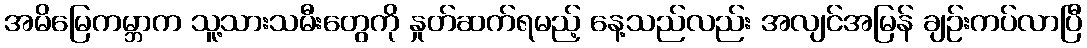
အမိမြေကမ္ဘာက သူ့သားသမီးတွေကို နှုတ်ဆက်ရမည့် နေ့သည်လည်း အလျင်အမြန် ချဉ်းကပ်လာပြီ